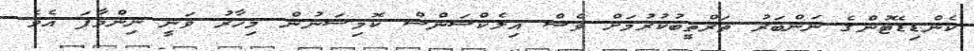
ކެންޑިޑޭޓުންގެ ނަންބަރު ތަރްތީބުކުރުމަށް ވެސް އިލެކްޝަންސް ކޮމިޝަނުން މިހާރު ވަނީ ނިންމާފަ އެވެ.